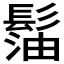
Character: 𩭶